Plague in India, 1896, 1897 - Volume 3
Year: 1896
Disease focus: Plague
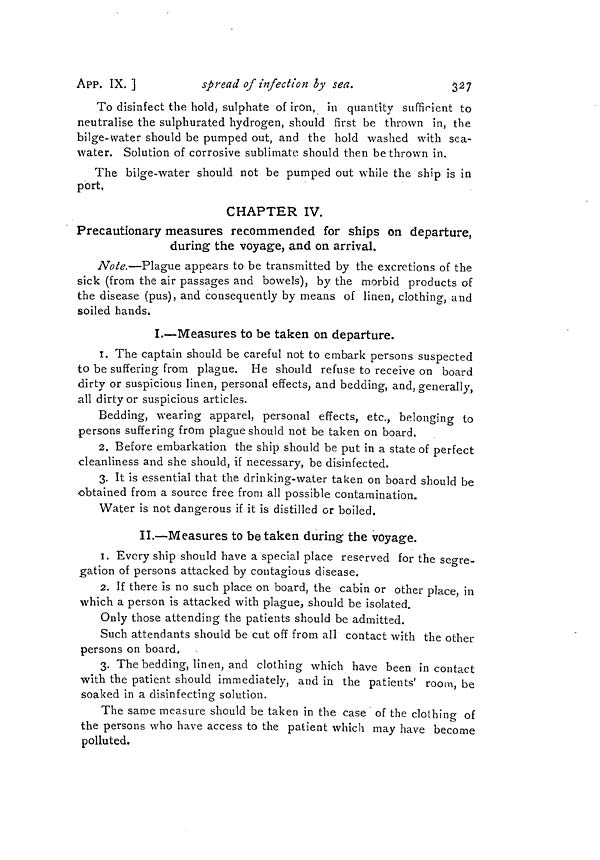
APP. IX. ]
spread of infection by sea.
327
To disinfect the hold, sulphate of iron, in quantity sufficient to
neutralise the sulphurated hydrogen, should first be thrown in, the
bilge-water should be pumped out, and the hold washed with sea-
water. Solution of corrosive sublimate should then be thrown in.
The bilge-water should not be pumped out while the ship is in
port.
CHAPTER IV.
Precautionary measures recommended for ships on departure,
during the voyage, and on arrival.
Note.—Plague appears to be transmitted by the excretions of the
sick (from the air passages and bowels), by the morbid products of
the disease (pus), and consequently by means of linen, clothing-, and
soiled hands.
I.—Measures to be taken on departure.
1. The captain should be careful not to embark persons suspected
to be suffering from plague. He should refuse to receive on board
dirty or suspicious linen, personal effects, and bedding, and, generally,
all dirty or suspicious articles.
Bedding, wearing apparel, personal effects, etc., belonging to
persons suffering from plague should not be taken on board.
2. Before embarkation the ship should be put in a state of perfect
cleanliness and she should, if necessary, be disinfected.
3. It is essential that the drinking-water taken on board should be
obtained from a source free from all possible contamination.
Water is not dangerous if it is distilled or boiled.
II.—Measures to be taken during the voyage.
1. Every ship should have a special place reserved for the segre-
gation of persons attacked by contagious disease.
2. If there is no such place on board, the cabin or other place, in
which a person is attacked with plague, should be isolated.
Only those attending the patients should be admitted.
Such attendants should be cut off from all contact with the other
persons on board,
3. The bedding, linen, and clothing which have been in contact
with the patient should immediately, and in the patients' room, be
soaked in a disinfecting solution.
The same measure should be taken in the case of the clothing of
the persons who have access to the patient which may have become
polluted.